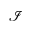
\mathcal { I }